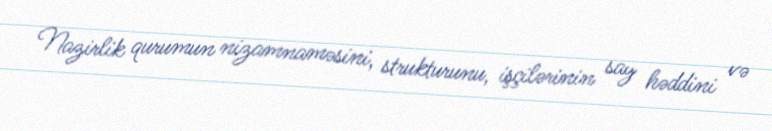
Nazirlik qurumun nizamnaməsini, strukturunu, işçilərinin say həddini və